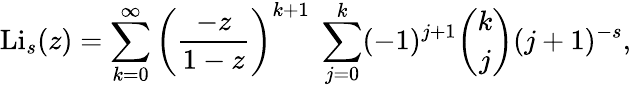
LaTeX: \operatorname{Li}_{s}(z)=\sum_{k=0}^{\infty}\left({\frac{-z}{1-z}}\right)^{k+1}~\sum_{j=0}^{k}(-1)^{j+1}{\binom{k}{j}}(j+1)^{-s},